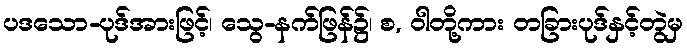
ပဒသော-ပုဒ်အားဖြင့်၊ သွေ-နက်ဖြန်၌၊ စ, ဝါတို့ကား တခြားပုဒ်နှင့်တွဲမှ